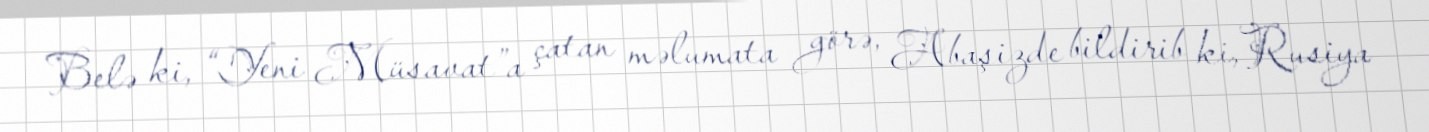
Belə ki, “Yeni Müsavat”a çatan məlumata görə, Abaşizde bildirib ki, Rusiya